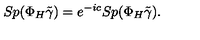
S p ( \Phi _ { H } \tilde { \gamma } ) = e ^ { - i c } S p ( \Phi _ { H } \tilde { \gamma } ) .